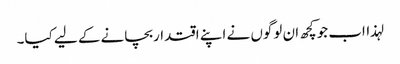
لہذااب جوکچھ ان لوگوں نے اپنے اقتداربچانے کے لیے کیا۔